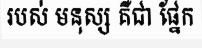
របស់ មនុស្ស គឺជា ផ្នែក